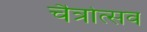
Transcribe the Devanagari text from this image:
चैत्रोत्सव